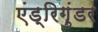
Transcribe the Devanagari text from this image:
एंड्रिगुंडर